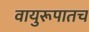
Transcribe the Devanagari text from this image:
वायुरूपातच